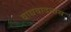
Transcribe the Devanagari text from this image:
वाद्यवादनास